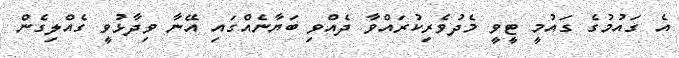
އެ ގައުމުގެ ގައުމީ ޓީވީ މެދުވެރިކުރައްވާ ދެއްވި ބަޔާނެއްގައި އޭނާ ވިދާޅުވީ ގެއްލިގެން